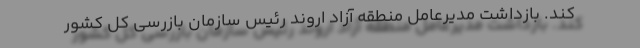
کند. بازداشت مدیرعامل منطقه آزاد اروند رئیس سازمان بازرسی کل کشور